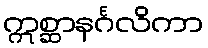
ဣစ္ဆာနင်္ဂလိကာ